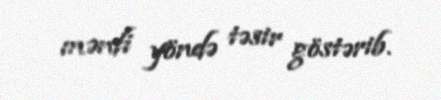
mənfi yöndə təsir göstərib.